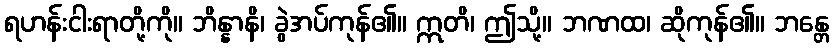
ရဟန်းငါးရာတို့ကို။ ဘိန္နာနိ၊ ခွဲအပ်ကုန်၏။ ဣတိ၊ ဤသို့။ ဘဏထ၊ ဆိုကုန်၏။ ဘန္တေ